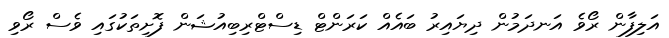
އަލިފާން ރޯވެ އަނދަމުން ދިޔައިރު ބައެއް ކަރަންޓް ޑިސްޓްރިބިއުޝަން ފޮށިތަކުގައި ވެސް ރޯވި